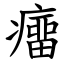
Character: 癅